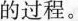
的过程。